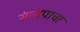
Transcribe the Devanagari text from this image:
संतापाचा